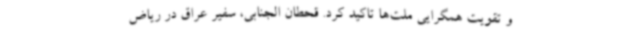
و تقویت همگرایی ملت‌ها تاکید کرد. قحطان الجنابی، سفیر عراق در ریاض